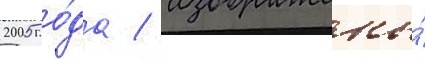
2005 го́да / изображены́